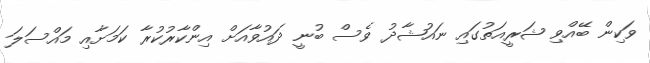
ވަކިން ބޭއްވި ޝަރީއަތުގައި ނައުޝާދު ވެސް ބުނީ ދައުވާއަށް އިންކާރުކުރާ ކަމަށާއި މައްސަލަ